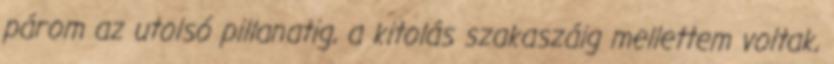
párom az utolsó pillanatig, a kitolás szakaszáig mellettem voltak,